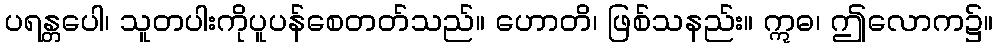
ပရန္တပေါ၊ သူတပါးကိုပူပန်စေတတ်သည်။ ဟောတိ၊ ဖြစ်သနည်း။ ဣဓ၊ ဤလောက၌။